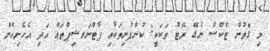
މި ގޮތުން ޓެކްސް ނެގޭ ރޭޓު ތަކަކީ: ކުންފުނިތަކާއި ޕާޓްނަރޝިޕްތައް އަދި އެހެނިހެން